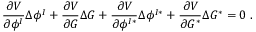
{ \frac { \partial V } { \partial \phi ^ { I } } } \Delta \phi ^ { I } + { \frac { \partial V } { \partial G } } \Delta G + { \frac { \partial V } { \partial \phi ^ { I * } } } \Delta \phi ^ { I * } + { \frac { \partial V } { \partial G ^ { * } } } \Delta G ^ { * } = 0 \ .